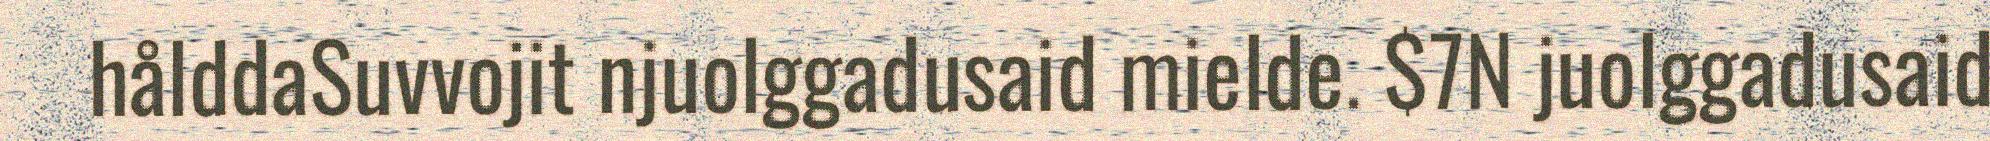
hålddaSuvvojit njuolggadusaid mielde. $7N juolggadusaid